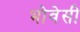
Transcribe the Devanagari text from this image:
भोवेसी